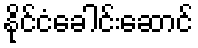
နိုင်ငံခေါင်းဆောင်